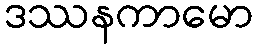
ဒဿနကာမော